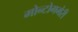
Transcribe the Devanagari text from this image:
मोन्टोगमेरी